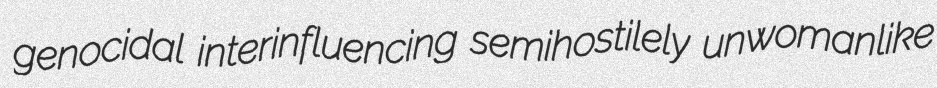
genocidal interinfluencing semihostilely unwomanlike